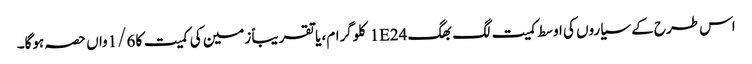
اس طرح کے سیاروں کی اوسط کمیت لگ بھگ 1E24 کلوگرام، یا تقریباً زمین کی کمیت کا 1/6واں حصہ ہوگا۔